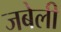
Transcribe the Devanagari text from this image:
जबेली